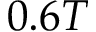
0 . 6 T